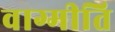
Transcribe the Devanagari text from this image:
वाग्मीति